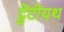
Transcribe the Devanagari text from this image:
ट्वेंटीयथ